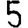
Digit: 5